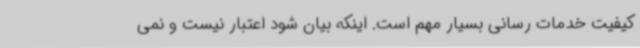
کیفیت خدمات رسانی بسیار مهم است. اینکه بیان شود اعتبار نیست و نمی